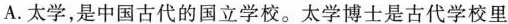
A.太学，是中国古代的国立学校。太学博士是古代学校里